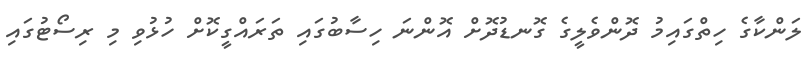
ލަންކާގެ ހިތްގައިމު ދޮންވެލީގެ ގޮނޑުދޮށް އޮންނަ ހިސާބުގައި ތަރައްގީކޮށް ހުޅުވި މި ރިސޯޓުގައި